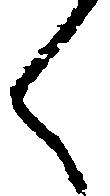
く